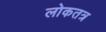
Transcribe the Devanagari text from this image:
लोकतत्र